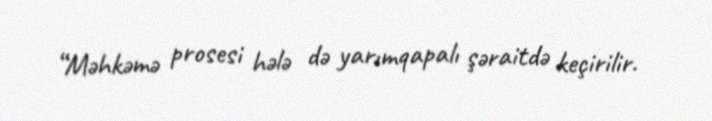
“Məhkəmə prosesi hələ də yarımqapalı şəraitdə keçirilir.